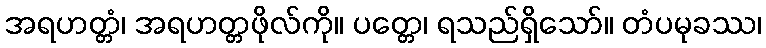
အရဟတ္တံ၊ အရဟတ္တဖိုလ်ကို။ ပတ္တေ၊ ရသည်ရှိသော်။ တံပမုခဿ၊